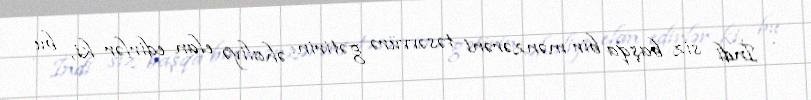
- İndi siz başqa bir mənzərəni təsəvvürə gətirin: əhaliyə elan edirlər ki, bu